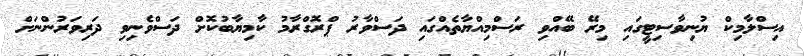
އިސްލާމިކް ޔުނިވާސިޓީގައި މިރޭ ބޭއްވި ރަސްމިއްޔާތެއްގައި ދަސްވާރު ޕްރޮގްރާމު ކާމިޔާބުކޮށް ދަސްވެނިވި ދަރިވަރުންނަށް